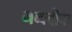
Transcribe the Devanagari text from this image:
नव्वदीचा